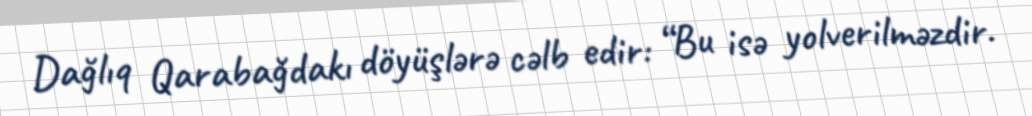
Dağlıq Qarabağdakı döyüşlərə cəlb edir: “Bu isə yolverilməzdir.